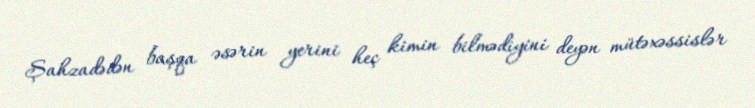
Şahzadədən başqa əsərin yerini heç kimin bilmədiyini deyən mütəxəssislər